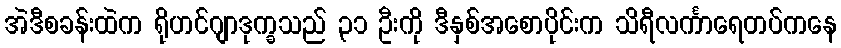
အဲဒီစခန်းထဲက ရိုဟင်ဂျာဒုက္ခသည် ၃၁ ဦးကို ဒီနှစ်အစောပိုင်းက သိရီလင်္ကာရေတပ်ကနေ